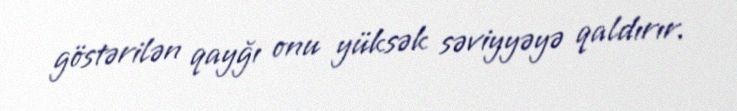
göstərilən qayğı onu yüksək səviyyəyə qaldırır.